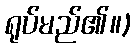
ရုပ်မည်၏။)